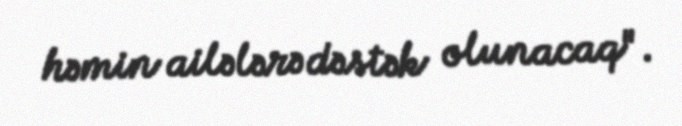
həmin ailələrə dəstək olunacaq".